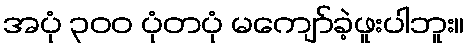
အပုံ ၃၀၀ ပုံတပုံ မကျော်ခဲ့ဖူးပါဘူး။